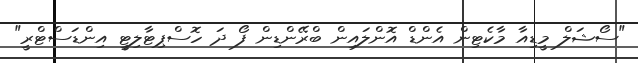
"ސޯޝަލް މީޑިއާ މާކެޓިން އެންޑް އޮންލައިން ބްރޭންޑިން ފޯ ދަ ހޮސްޕިޓާލިޓީ އިންޑަސްޓްރީ"